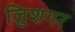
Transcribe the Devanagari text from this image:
लुिशगर